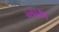
ખાશ